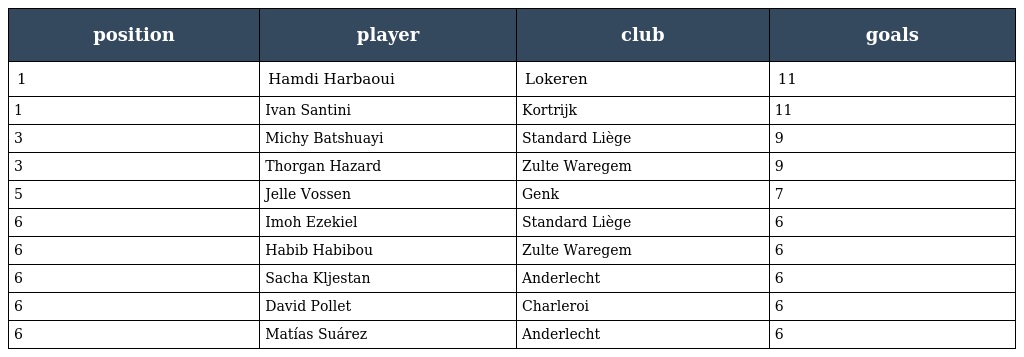
| position | player | club | goals |
 | --- | --- | --- | --- |
 | 1 | Hamdi Harbaoui | Lokeren | 11 |
 | 1 | Ivan Santini | Kortrijk | 11 |
 | 3 | Michy Batshuayi | Standard Liège | 9 |
 | 3 | Thorgan Hazard | Zulte Waregem | 9 |
 | 5 | Jelle Vossen | Genk | 7 |
 | 6 | Imoh Ezekiel | Standard Liège | 6 |
 | 6 | Habib Habibou | Zulte Waregem | 6 |
 | 6 | Sacha Kljestan | Anderlecht | 6 |
 | 6 | David Pollet | Charleroi | 6 |
 | 6 | Matías Suárez | Anderlecht | 6 |